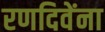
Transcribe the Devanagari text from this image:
रणदिवेंना